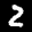
Label: 2